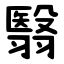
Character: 翳